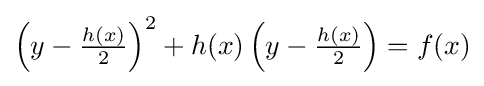
{\textstyle \left(y-{\frac {h(x)}{2}}\right)^{2}+h(x)\left(y-{\frac {h(x)}{2}}\right)=f(x)}